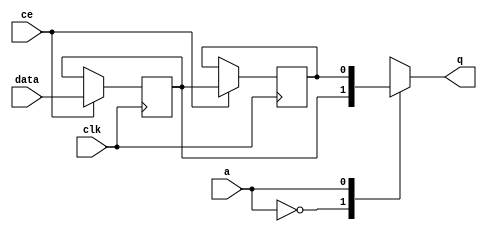
// ==============================================================
// File generated by Vivado(TM) HLS - High-Level Synthesis from C, C++ and SystemC
// Version: 2018.2
// Copyright (C) 1986-2018 Xilinx, Inc. All Rights Reserved.
// 
// ==============================================================


`timescale 1 ns / 1 ps

module start_for_minus_vxdS_shiftReg (
    clk,
    data,
    ce,
    a,
    q);

parameter DATA_WIDTH = 32'd1;
parameter ADDR_WIDTH = 32'd1;
parameter DEPTH = 2'd2;

input clk;
input [DATA_WIDTH-1:0] data;
input ce;
input [ADDR_WIDTH-1:0] a;
output [DATA_WIDTH-1:0] q;

reg[DATA_WIDTH-1:0] SRL_SIG [0:DEPTH-1];
integer i;

always @ (posedge clk)
    begin
        if (ce)
        begin
            for (i=0;i<DEPTH-1;i=i+1)
                SRL_SIG[i+1] <= SRL_SIG[i];
            SRL_SIG[0] <= data;
        end
    end

assign q = SRL_SIG[a];

endmodule

module start_for_minus_vxdS (
    clk,
    reset,
    if_empty_n,
    if_read_ce,
    if_read,
    if_dout,
    if_full_n,
    if_write_ce,
    if_write,
    if_din);

parameter MEM_STYLE   = "shiftreg";
parameter DATA_WIDTH  = 32'd1;
parameter ADDR_WIDTH  = 32'd1;
parameter DEPTH       = 2'd2;

input clk;
input reset;
output if_empty_n;
input if_read_ce;
input if_read;
output[DATA_WIDTH - 1:0] if_dout;
output if_full_n;
input if_write_ce;
input if_write;
input[DATA_WIDTH - 1:0] if_din;

wire[ADDR_WIDTH - 1:0] shiftReg_addr ;
wire[DATA_WIDTH - 1:0] shiftReg_data, shiftReg_q;
wire                     shiftReg_ce;
reg[ADDR_WIDTH:0] mOutPtr = ~{(ADDR_WIDTH+1){1'b0}};
reg internal_empty_n = 0, internal_full_n = 1;

assign if_empty_n = internal_empty_n;
assign if_full_n = internal_full_n;
assign shiftReg_data = if_din;
assign if_dout = shiftReg_q;

always @ (posedge clk) begin
    if (reset == 1'b1)
    begin
        mOutPtr <= ~{ADDR_WIDTH+1{1'b0}};
        internal_empty_n <= 1'b0;
        internal_full_n <= 1'b1;
    end
    else begin
        if (((if_read & if_read_ce) == 1 & internal_empty_n == 1) && 
            ((if_write & if_write_ce) == 0 | internal_full_n == 0))
        begin
            mOutPtr <= mOutPtr - 2'd1;
            if (mOutPtr == 2'd0)
                internal_empty_n <= 1'b0;
            internal_full_n <= 1'b1;
        end 
        else if (((if_read & if_read_ce) == 0 | internal_empty_n == 0) && 
            ((if_write & if_write_ce) == 1 & internal_full_n == 1))
        begin
            mOutPtr <= mOutPtr + 2'd1;
            internal_empty_n <= 1'b1;
            if (mOutPtr == DEPTH - 2'd2)
                internal_full_n <= 1'b0;
        end 
    end
end

assign shiftReg_addr = mOutPtr[ADDR_WIDTH] == 1'b0 ? mOutPtr[ADDR_WIDTH-1:0]:{ADDR_WIDTH{1'b0}};
assign shiftReg_ce = (if_write & if_write_ce) & internal_full_n;

start_for_minus_vxdS_shiftReg 
#(
    .DATA_WIDTH(DATA_WIDTH),
    .ADDR_WIDTH(ADDR_WIDTH),
    .DEPTH(DEPTH))
U_start_for_minus_vxdS_ram (
    .clk(clk),
    .data(shiftReg_data),
    .ce(shiftReg_ce),
    .a(shiftReg_addr),
    .q(shiftReg_q));

endmodule